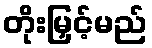
တိုးမြှင့်မည်